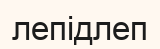
лепідлеп